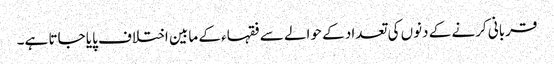
قربانی کرنے کے دنوں کی تعداد کے حوالے سے فقہاء کے مابین اختلاف پایا جاتا ہے۔